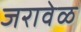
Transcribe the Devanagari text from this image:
जरावेळ